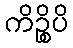
ကိဉ္စိပိ